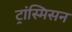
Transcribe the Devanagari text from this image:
ट्रांस्मिसन